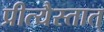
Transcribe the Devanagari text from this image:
प्रीत्यैस्तात्